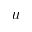
u